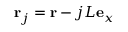
{ \bf r } _ { j } = { \bf r } - j L { \bf e } _ { x }